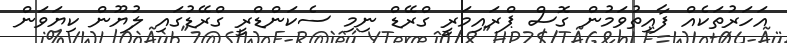
އަހަރުތަކެއް ފާއިތުވަމުން ގޮސް ޕްރައިމަރީ ގްރޭޑް ނިމި ސެކަންޑްރީ ގްރޭޑުގައި ލުޔޫން ކިޔަވަން